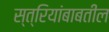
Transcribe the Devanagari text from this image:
स्त्रियांबाबतील